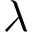
\boldsymbol { \lambda }